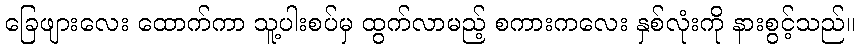
ခြေဖျားလေး ထောက်ကာ သူ့ပါးစပ်မှ ထွက်လာမည့် စကားကလေး နှစ်လုံးကို နားစွင့်သည်။